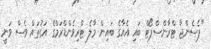
"ޕެސެންޖާ ޓްރާންސްޕޯޓް ބައި އެއާގެ ބައިން މާލެ ޓްރިވެންޑްރަމްގެ އަގުތައް ވެސް ވަނީ